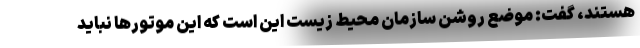
هستند، گفت: موضع روشن سازمان محیط زیست این است که این موتور‌ها نباید